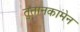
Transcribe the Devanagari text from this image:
तुतानकामेन